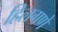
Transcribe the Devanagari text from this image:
हिलगणें